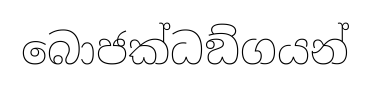
බොජක්ධඞ්ගයන්